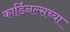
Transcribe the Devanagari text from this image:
कार्डिनल्सच्या